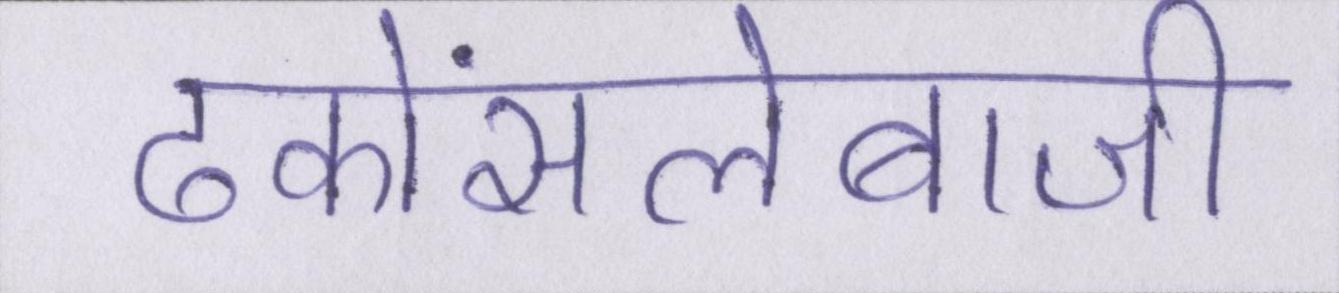
ढकोंसलेबाजी